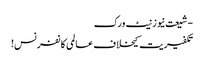
- شیعت نیوز نیٹ ورک
تکفیریت کیخلاف عالمی کانفرنس!